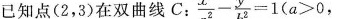
已知点(2，3)在双曲线C. $$\frac{x^{2}}{a^{2}}- \frac{y^{2}}{b^{2}}=1(a>0$$